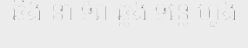
ឆឺង នាំ ទ័ព ឆ្លង ទន្លេ ហួង